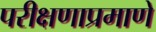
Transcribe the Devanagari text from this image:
परीक्षणाप्रमाणे